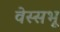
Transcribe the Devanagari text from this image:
वेस्सभू